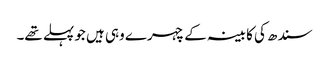
سندھ کی کابینہ کے چہرے وہی ہیں جو پہلے تھے۔